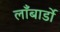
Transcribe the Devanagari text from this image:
लॉँबार्डो